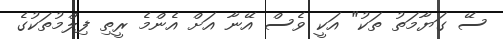
ސޭ ގަޔާމަތު ތަކު" އަކީ ވެސް އޭނާ އަށް އެންމެ ރީތި ފިލްމުތަކުގެ